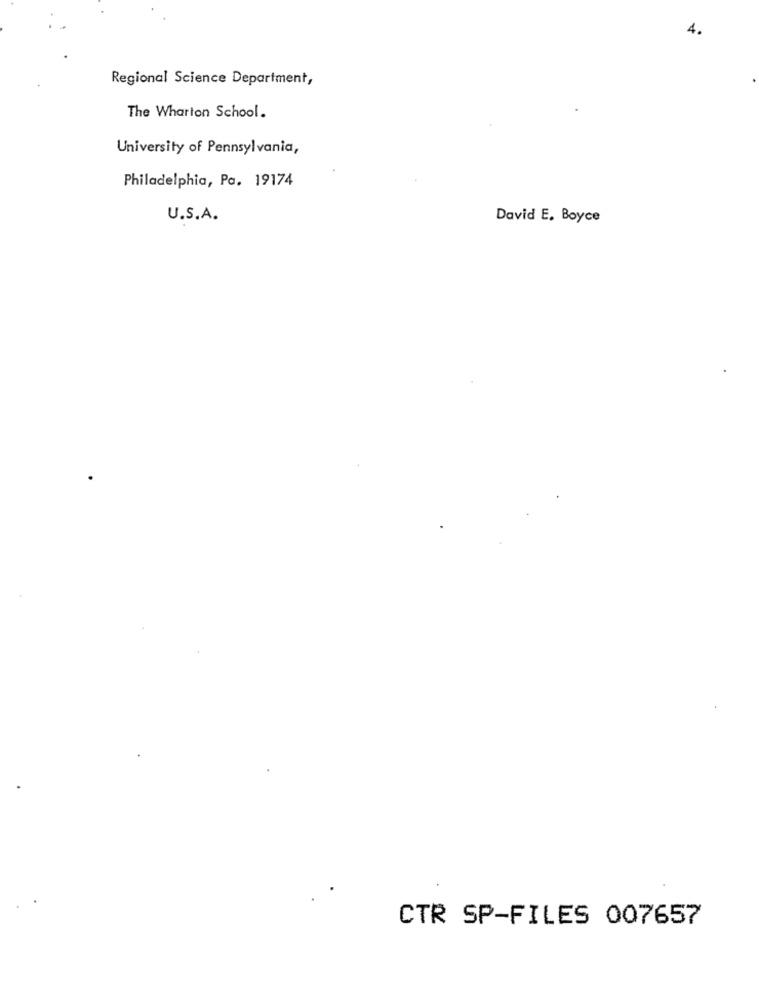
4.
Regional Science Department,
The Wharton School.
University of Pennsylvania,
Philadelphia, Pa. 19174
U.S.A.
David E. Boyce
CTR SP-FILES 007657